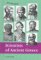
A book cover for Scientists of Ancient Greece (History Makers (Lucent)); Teen & Young Adult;